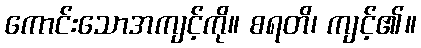
ကောင်းသောအကျင့်ကို။ စရတိ၊ ကျင့်၏။